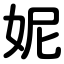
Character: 妮